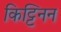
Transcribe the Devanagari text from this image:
किट्टिनन